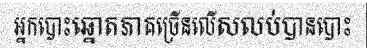
អ្នកបោះឆ្នោតភាគច្រើនលើសលប់បានបោះ